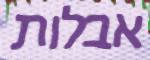
אבלות